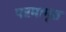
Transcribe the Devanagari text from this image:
परमामृत